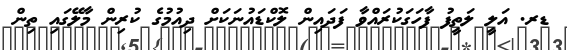
ޑރ. އަލީ ލަތީފު ފާހަގަކުރައްވާ ފަދައިން ލޮކްޑައުނަކަށް ދިއުމުގެ ކުރިން މާލޭގައި ތިން